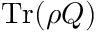
\operatorname { T r } ( \rho Q )